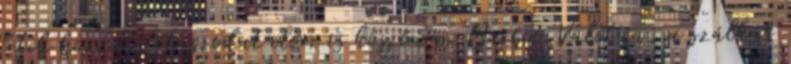
értek hozzá.Válaszodat előre is köszönöm Barboo Valóban, a szálkás